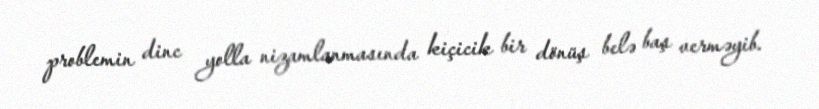
problemin dinc yolla nizamlanmasında kiçicik bir dönüş belə baş verməyib.